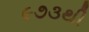
૯૭૩થી